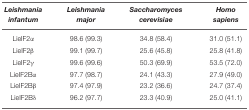
| Leishmania infantum | Leishmania major | Saccharomyces cerevisiae | Homo sapiens |
 | --- | --- | --- | --- |
 | LieIF2α | 98.6 (99.3) | 34.8 (58.4) | 31.0 (51.1) |
 | LieIF2β | 99.1 (99.7) | 25.6 (45.8) | 25.8 (41.8) |
 | LieIF2γ | 99.6 (99.6) | 50.3 (69.9) | 53.5 (72.0) |
 | LieIF2Bα | 97.7 (98.7) | 24.1 (43.3) | 27.9 (49.0) |
 | LieIF2Bβ | 97.4 (97.9) | 23.2 (36.6) | 24.7 (37.4) |
 | LieIF2Bδ | 96.2 (97.7) | 23.3 (40.9) | 25.0 (41.1) |